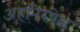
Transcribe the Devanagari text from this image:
अहंनिरपेक्ष